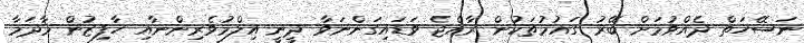
ނަސޭހަތް ދެއްވުމަށް ބޭރު ގައުމުތަކުން ރާއްޖެ ވަޑައިގަންނަވާ ދީނީ އިލްމުވެރިންނާއި ހާފިޒުން މާދަމާ